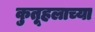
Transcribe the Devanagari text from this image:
कुतूहलाच्या